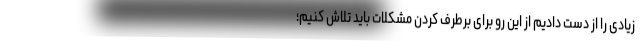
زیادی را از دست دادیم از این رو برای برطرف کردن مشکلات باید تلاش کنیم؛